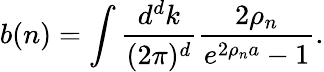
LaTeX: b(n)=\int{\frac{d^{d}k}{(2\pi)^{d}}}{\frac{2\rho_{n}}{e^{2\rho_{n}a}-1}}.